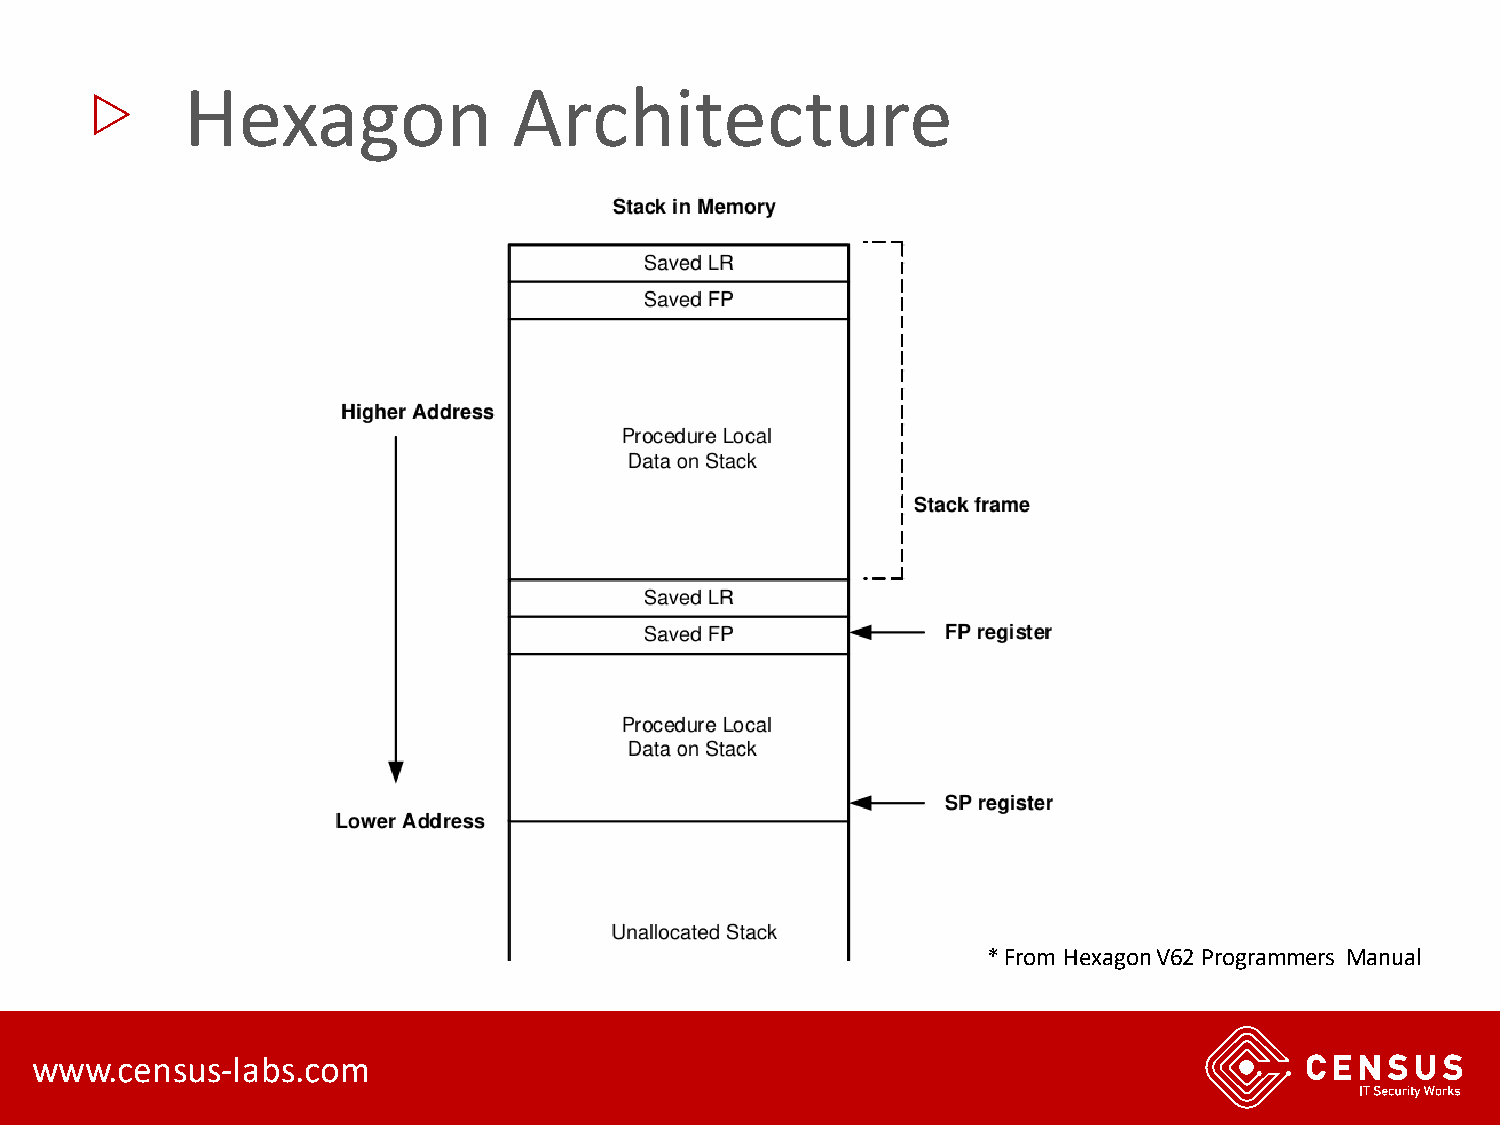
▷
 Hexagon               Architecture
 * From Hexagon V62 Programmers Manual
 www.census-labs.com